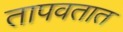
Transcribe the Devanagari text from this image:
तापवतात